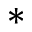
\ast